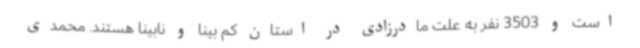
است و 3503 نفر به علت مادرزادی در استان کم بینا و نابینا هستند. محمدی